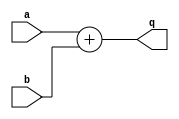
//
// Copyright (c) 2002 Steven Wilson (steve@ka6s.com)
//
//    This source code is free software; you can redistribute it
//    and/or modify it in source code form under the terms of the GNU
//    General Public License as published by the Free Software
//    Foundation; either version 2 of the License, or (at your option)
//    any later version.
//
//    This program is distributed in the hope that it will be useful,
//    but WITHOUT ANY WARRANTY; without even the implied warranty of
//    MERCHANTABILITY or FITNESS FOR A PARTICULAR PURPOSE.  See the
//    GNU General Public License for more details.
//
//    You should have received a copy of the GNU General Public License
//    along with this program; if not, write to the Free Software
//    Foundation, Inc., 59 Temple Place - Suite 330, Boston, MA 02111-1307, USA
//
// SDW: Synth of basic expression assign with add
//
//
module adder (q,a,b );
input a,b;
output [1:0] q;

assign q = {1'b0,a} +{1'b0,b};

endmodule

module test ;

reg d;

wire [1:0] q;

adder u_add (.q(q),.a(d),.b(d));

(* ivl_synthesis_off *)
initial
  begin
//    $dumpfile("test.vcd");
//    $dumpvars(0,test);
    d = 0;
    # 1;
    if (q !== 2'b0)
       begin
         $display("FAILED - Q isn't 0 ");
	 $finish;
       end
    #1 ;
    d = 1;
    # 1;
    if (q !== 2'b10)
       begin
         $display("FAILED - Q isn't 2 ");
	 $finish;
       end
    $display("PASSED");

  end
endmodule